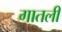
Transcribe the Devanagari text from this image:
गातली